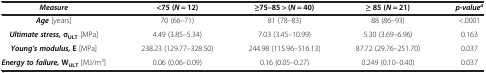
<table><thead><tr><td><b><i>Measure</i></b></td><td><b>&lt;75 (<i>N</i> = 12)</b></td><td><b>≥75–85 &gt; (<i>N</i> = 40)</b></td><td><b>≥ 85 (<i>N</i> = 21)</b></td><td><b><i>p-value</i><sup><i>a</i></sup></b></td></tr></thead><tbody><tr><td><b><i>Age</i></b> [years]</td><td>70 (66–71)</td><td>81 (78–83)</td><td>88 (86–93)</td><td>&lt;.0001</td></tr><tr><td><b><i>Ultimate stress, </i></b><b>σ</b><sub><b>ULT</b></sub> [MPa]</td><td>4.49 (3.85–5.34)</td><td>7.03 (3.45–10.99)</td><td>5.30 (3.69–6.96)</td><td>0.163</td></tr><tr><td><b><i>Young’s modulus, </i></b><b>E</b> [MPa]</td><td>238.23 (129.77–328.50)</td><td>244.98 (115.96–516.13)</td><td>87.72 (29.76–251.70)</td><td>0.037</td></tr><tr><td><b><i>Energy to failure, </i></b><b>W</b><sub><b>ULT</b></sub> [MJ/m<sup>3</sup>]</td><td>0.06 (0.06–0.09)</td><td>0.16 (0.05–0.27)</td><td>0.249 (0.10–0.40)</td><td>0.037</td></tr></tbody></table>